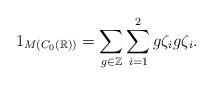
LaTeX: \begin{align*}1_{M(C_0(\mathbb{R}))}=\sum_{g \in \mathbb{Z}}^{}\sum_{i=1}^{2}g\zeta_ig\zeta_i.\end{align*}